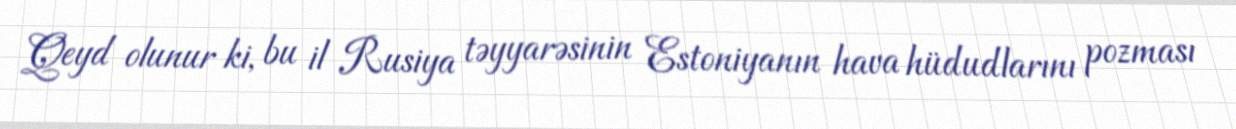
Qeyd olunur ki, bu il Rusiya təyyarəsinin Estoniyanın hava hüdudlarını pozması